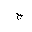
Letter: _gim